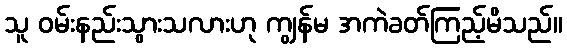
သူ ဝမ်းနည်းသွားသလားဟု ကျွန်မ အကဲခတ်ကြည့်မိသည်။